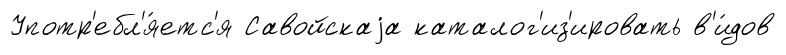
Употр'ебл'я́етс'я Савойскаjа каталог'из'ировать в'и́дов